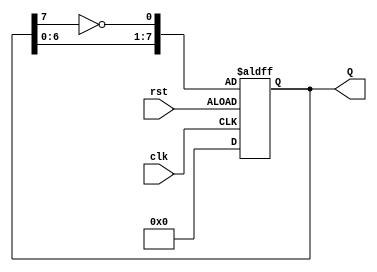
module johnson_counter(Q, rst, clk);
    input rst, clk;
    output reg[7:0] Q;
    
    always @(negedge rst or posedge clk)
        if(rst)
            Q = 0;
        else
            Q = {Q[6],Q[5],Q[4],Q[3],Q[2],Q[1],Q[0],~Q[7]};
endmodule